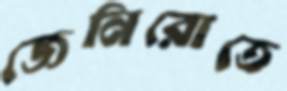
জেনিরোতে